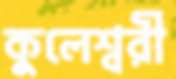
কুলেশ্বরী